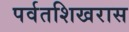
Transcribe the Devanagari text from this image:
पर्वतशिखरास